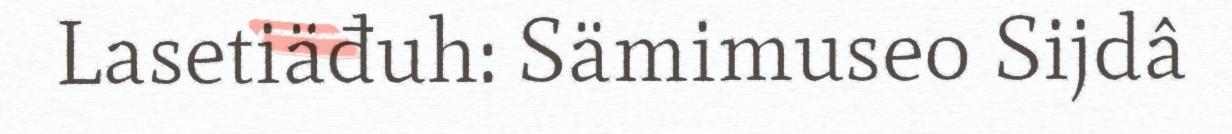
Lasetiäđuh: Sämimuseo Sijdâ